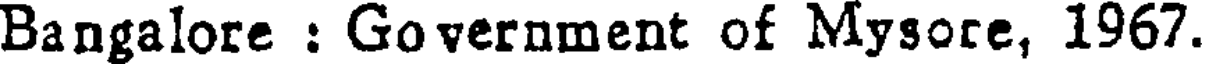
Bangalore : Government of Mysore, 1967.